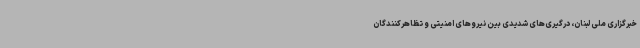
خبرگزاری ملی لبنان، درگیری‌های شدیدی بین نیروهای امنیتی و تظاهرکنندگان